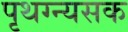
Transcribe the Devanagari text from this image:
पृथग्न्यसक